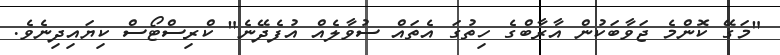
"މަގޭ ކޮންމެ ޖަވާބަކުން އާރާބްގެ ހިތުގަ އެތައް ސުވާލެއް އުފެދޭނެ" ކްރިސްޓޯސް ކިޔައިދިނެވެ.